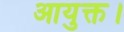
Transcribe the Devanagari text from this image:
आयुक्त।